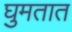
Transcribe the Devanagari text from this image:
घुमतात